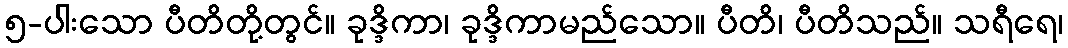
၅-ပါးသော ပီတိတို့တွင်။ ခုဒ္ဒိကာ၊ ခုဒ္ဒိကာမည်သော။ ပီတိ၊ ပီတိသည်။ သရီရေ၊